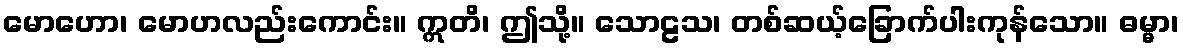
မောဟော၊ မောဟလည်းကောင်း။ ဣတိ၊ ဤသို့။ သောဠသ၊ တစ်ဆယ့်ခြောက်ပါးကုန်သော။ ဓမ္မာ၊